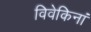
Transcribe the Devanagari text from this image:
विवेकिनां